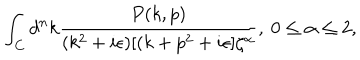
\int _ { C } d ^ { n } k { \frac { P ( k , p ) } { ( k ^ { 2 } + i \epsilon ) [ ( k + p ^ { 2 } + i \epsilon ] \zeta ^ { \alpha } } } , \ 0 \leq \alpha \leq 2 ,